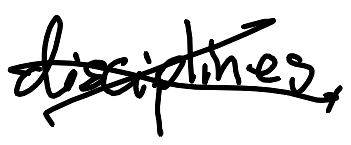
Text: disciplines,
Cross-out: cross
Writing tool: digital_black